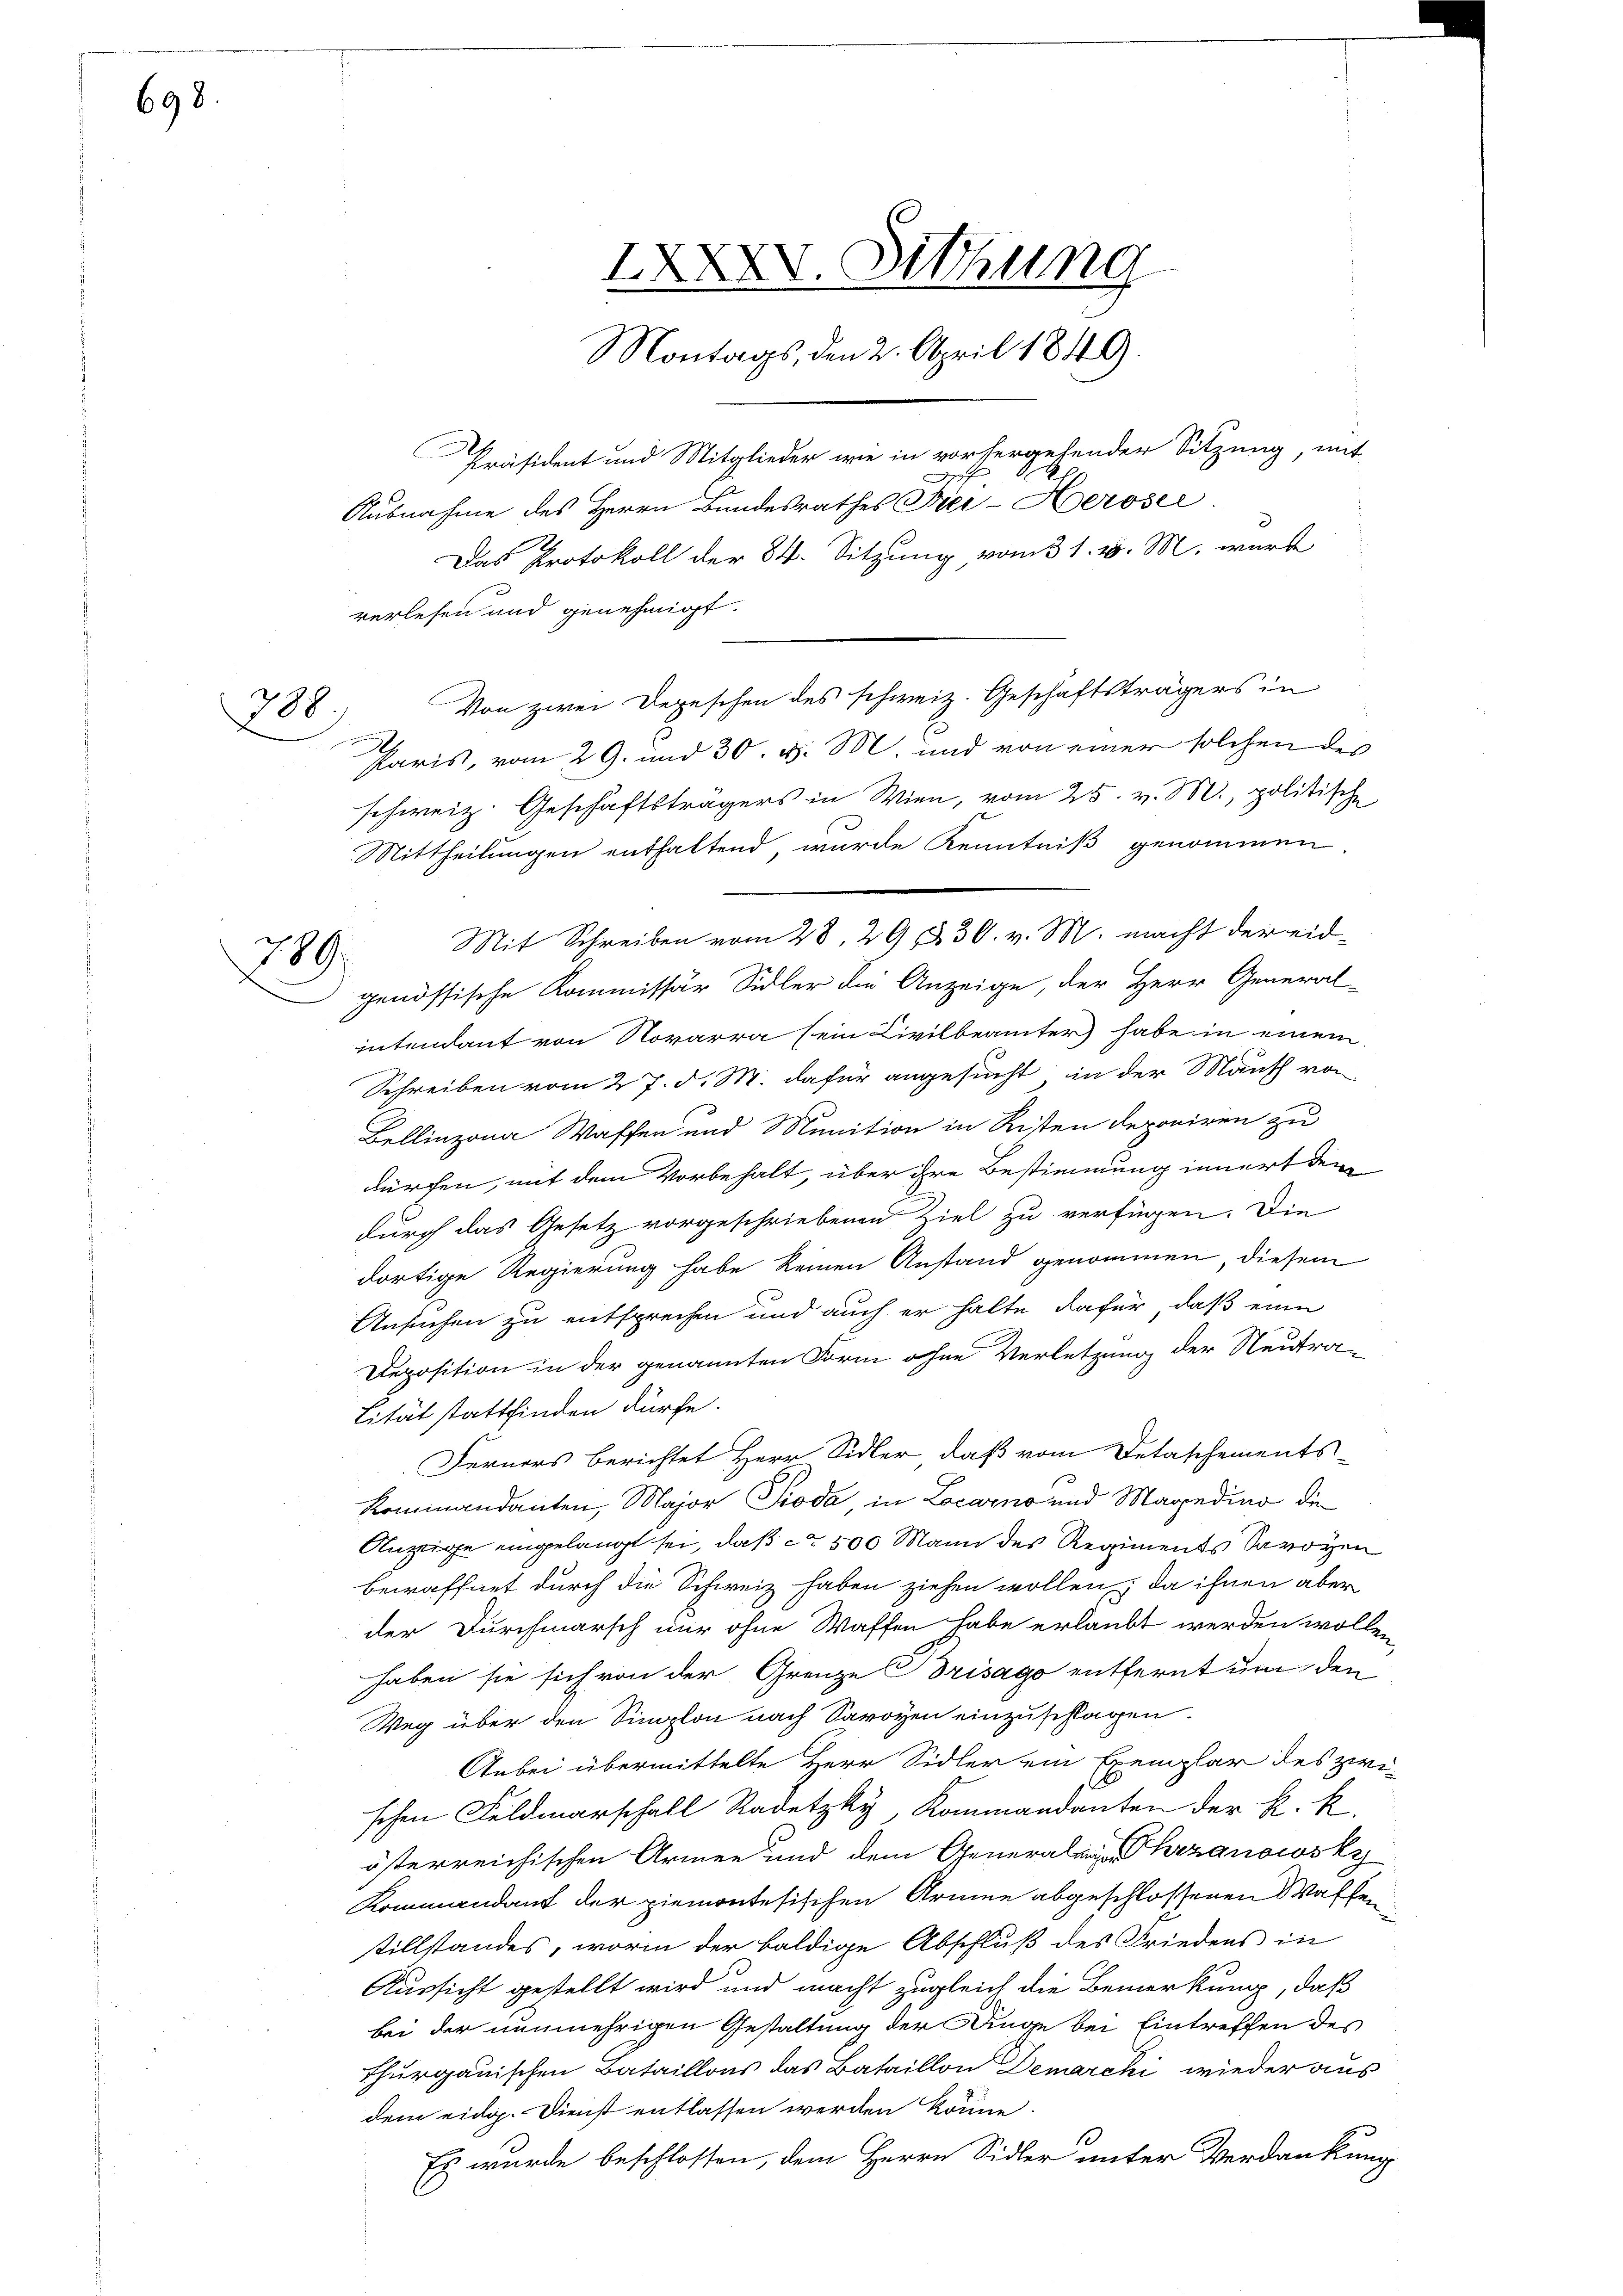
698.

898

789.

Präsident und Mitglieder wie in vorhergehender Sitzung, mit
Ausnahme des Herrn Bundesrathes Frei-Herosel
Das Protokoll der 84. Sitzung vom 31. v. M. wurde
verlesen und genehmigt.
Von zwei Depeschen des schweiz. Geschäftsträgers in
A
Paris, vom 29. und 30. v. M. und von einer solchen des
schweiz. Geschäftsträgers in Wien, vom 25. v. M., politische
Mittheilungen enthaltend wurde Kenntniß genommen
genössische Kommissär Sidler die Anzeige, der Herr General-
intendant von Novarra (ein Civilbeamter habe in einem
Schreiben vom 27. d. M. dafür angesucht in der Mausch von
Bellinzona Waffen und Munition in Risten deponiren zu
dürfen, mit dem Vorbehalt, über ihre Bestimmung innert dem
durch das Gesetz vorgeschriebenen Ziel zu verfügen. Die
dortige Regierung habe keinen Anstand genommen, diesem
Ansuchen zu entsprechen und auch er halte dafür, daß eine
Deposition in der genannten Form ohne Verletzung der Neutra-
Lität stattfinden dürfe.
Ferners berichtet Herr Sidler, daß vom Detaschements-
Kommandanten, Major Pioda in Locarno und Magedier die
Anzeige eingelangt sei, daß ca 500 Mann des Regiments Savoyen
Bewaffnet durch die Schweiz haben ziehen wollen; da ihnen aber
der Durchmarsch nur ohne Waffen habe erlaubt werden wollen
haben sie sich von der Grenze Brisago entfernt um den
Weg über den Simplon nach Savoyen einzuschlagen.
Anbei übermittelte Herr Sidler ein Exemplar des zwi-
schen Feldmarschall Radetzky, Kommandanten der k. k.
österreichischen Armen und dem Generalingen herzanowsky
Kommandant der ziemontesischen Armee abgeschlossenen Waffen
stillstandes, worin der baldige Abschluß des Friedens in
Aussicht gestellt wird und macht zugleich die Bemerkung, daß
bei der nunmehrigen Gestaltung der Dinge bei Eintreffen des
Thurgauischen Bataillons das Bataillon Demarcki wieder aus
dem eidg. Dienst entlassen werden könne.
Es wurde beschlossen, dem Herrn Sidler unter Verdankung

IXXXV. Sitzung
Montags, den 2. April 1849.

Mit Schreiben vom 28. 29 & 30. v. M. macht der eid¬